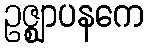
ဥဇ္ဈာပနကေ